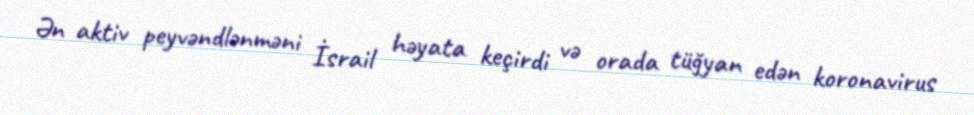
Ən aktiv peyvəndlənməni İsrail həyata keçirdi və orada tüğyan edən koronavirus